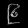
Digit: ၉